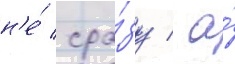
н'е́ сра́зу / а́